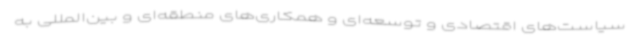
سیاست‌های اقتصادی و توسعه‌ای و همکاری‌های منطقه‌ای و بین‌المللی به